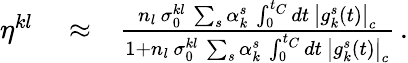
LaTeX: \begin{array}{rlr}{\eta^{kl}}&{{}\approx}&{\frac{n_{l}\, \sigma_{0}^{kl}\, \sum_{s}\alpha_{k}^{s}\, \int_{0}^{t_{C}}dt\, \left|g_{k}^{s}(t)\right|_{c}}{1+n_{l}\, \sigma_{0}^{kl}\, \sum_{s}\alpha_{k}^{s}\, \int_{0}^{t_{C}}dt\, \left|g_{k}^{s}(t)\right|_{c}}\, .}\end{array}